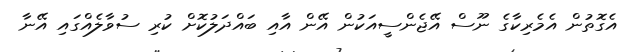
އެގޮތުން އެމެރިކާގެ ނޫސް އޭޖެންސީއަކުން އޭން އާއި ބައްދަލުކޮށް ކުރި ސުވާލެއްގައި އޭނާ